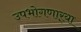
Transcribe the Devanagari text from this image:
उपभोगणार्‍या